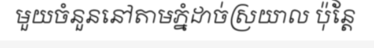
មួយចំនួននៅតាមភ្នំដាច់ស្រយាល ប៉ុន្តែ